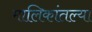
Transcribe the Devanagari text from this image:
मालिकांतल्या